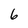
Character: 6